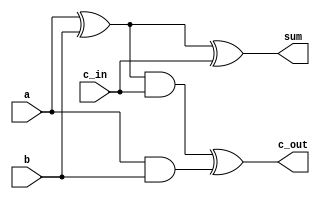
`timescale 1ns/1ns
module fullAdder1(output sum,c_out, input a,b,c_in);
	wire s1,c1,s2;
	
	xor #(6) n1(s1,a,b);
	and #(7) n2(c1,a,b);
	xor #(6) n3(sum,s1,c_in);
	and #(7) n4(s2,s1,c_in);
	xor #(6) n5(c_out,s2,c1);

endmodule